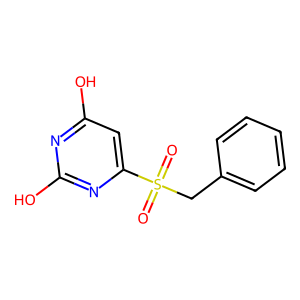
SMILES: O=S(=O)(Cc1ccccc1)c1cc(O)nc(O)n1
Inhibits HIV replication: No